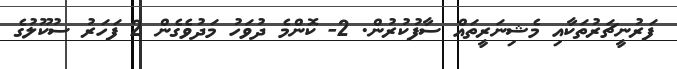
ފަރުނީޗަރުތަކާއި މެޝިނަރީތައް ސާފުކުރުން. 2- ކޮންމެ ދުވަހު މަދުވެގެން 2 ފަހަރު ސުކޫލުގެ